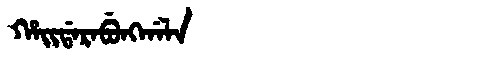
Manchu: ᡥᠠᡳᡩᠠᡵᠠᠪᡠᠩᡤᠠᠯᠠ
Romanization: HAIDARABUNGGALA